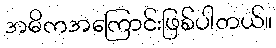
အဓိကအကြောင်းဖြစ်ပါတယ်။